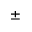
\pm